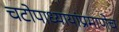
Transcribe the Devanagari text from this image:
चटोपाध्यायांप्रमाणेच